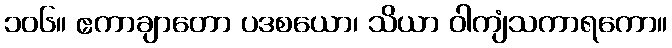
၁၀၆။ ဧကာချာတော ပဒစယော၊ သိယာ ဝါကျံသကာရကော။